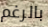
بالرغم